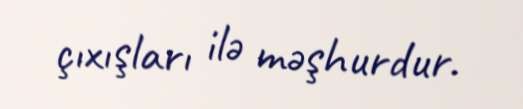
çıxışları ilə məşhurdur.